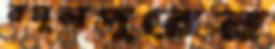
রসুলপুরের